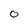
Character: 0